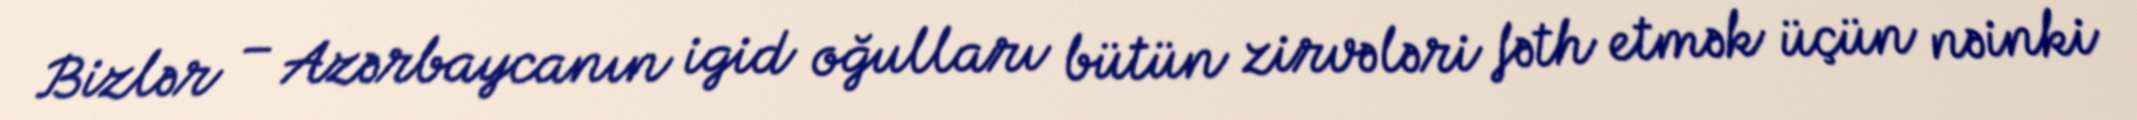
Bizlər – Azərbaycanın igid oğulları bütün zirvələri fəth etmək üçün nəinki